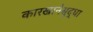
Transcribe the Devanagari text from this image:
कारखानेसुद्धा